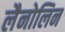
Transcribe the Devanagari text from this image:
लैनोलिन